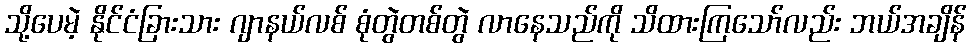
သို့ပေမဲ့ နိုင်ငံခြားသား ဂျာနယ်လစ် စုံတွဲတစ်တွဲ လာနေသည်ကို သိထားကြသော်လည်း ဘယ်အချိန်